Leningradi_Edasi_toimetus, lk 6
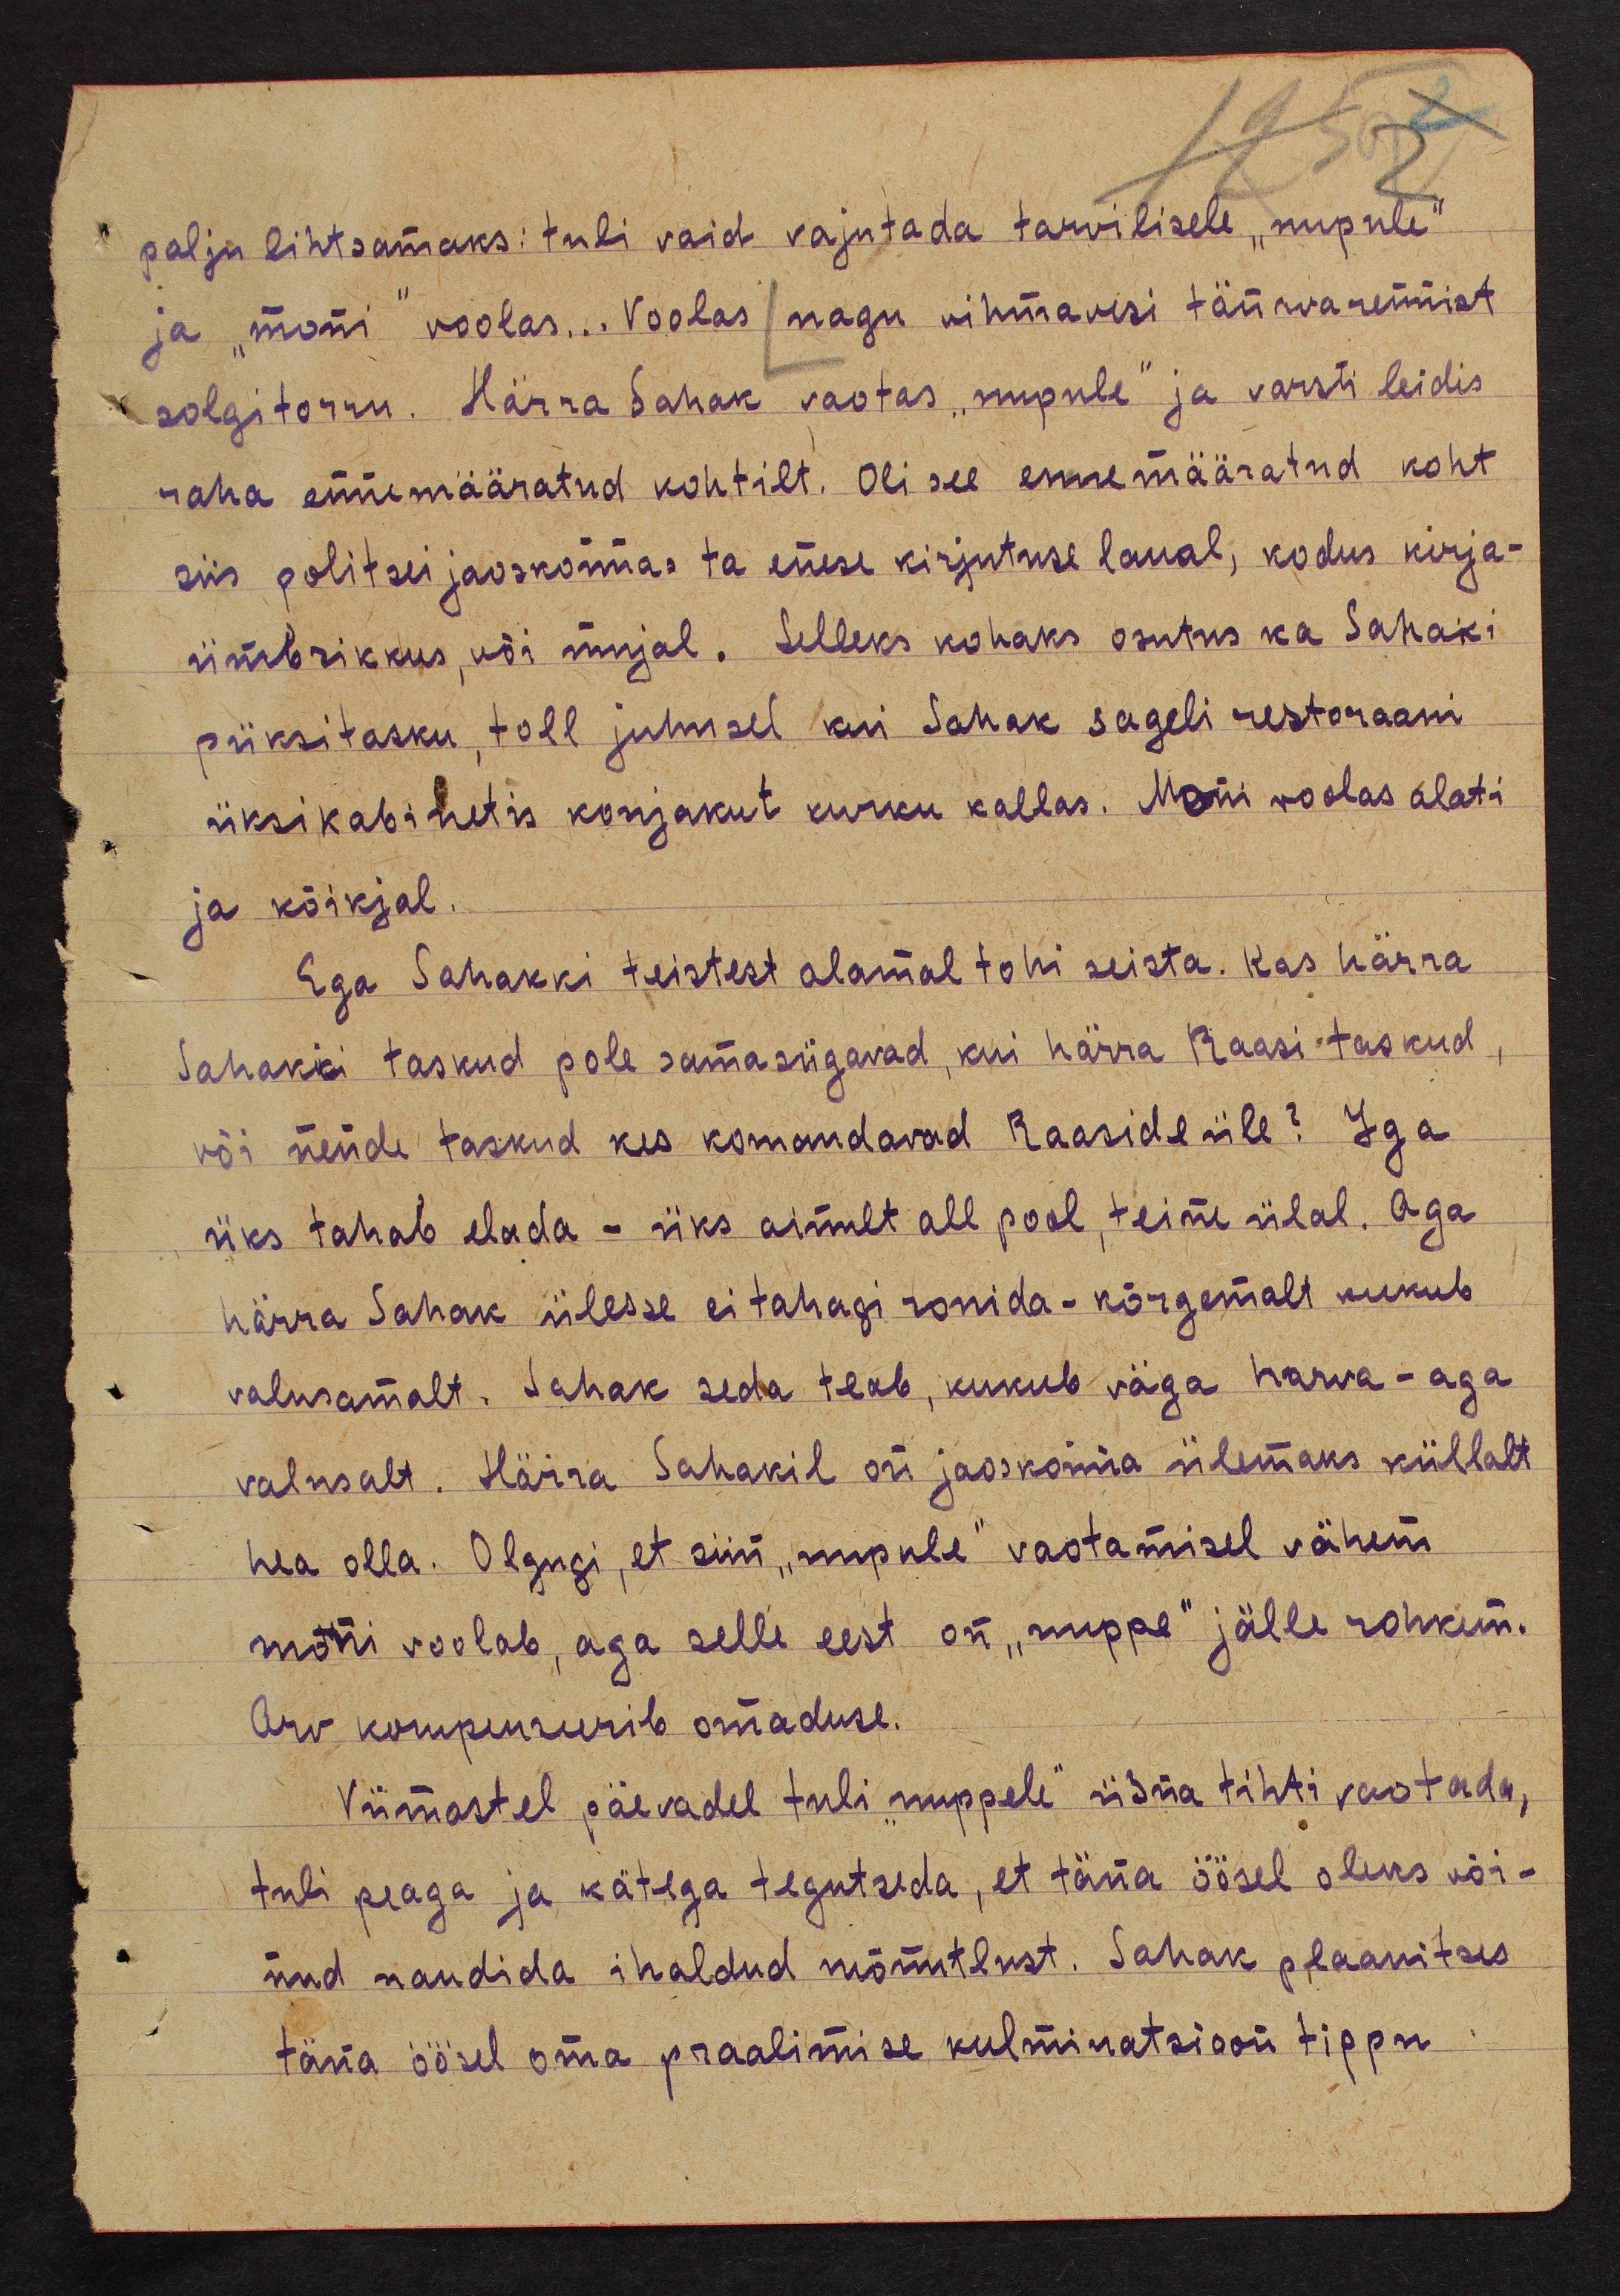
palju lihtsamaks: tuli vaid vajutada tarvilisele "nupule"
ja "moni" voolas... Voolas nagu vihmavesi tänavarennist
solgitorru. Härra Sahak vaotas "nupule" ja varsti leidis
raha ennemääratud kohtilt. Oli see ennemääraratud koht
siis politsei jaoskonnas ta enese kirjutuse laual, kodus kirja-
ümbrikkus, või mujal. Selleks kohaks osutus ka Sahaki
püksitasku, toll juhusel kui Sahak sageli restoraani
üksi kabinetis konjakut kurku kallas. Moni woolas alati
ja kõikjal.
Ega Sahakki teistest alamal tohi seista. Kas härra
Sahakki taskud pole samasügavad, kui härra Raasi taskud
või nende taskud kes komandavad Raaside üle? Iga
üks tahab elada - üks ainult all pool, teine ülal. Aga
härra Sahak ülesse ei tahagi ronida - kõrgemalt kukub
valusamalt. Sahak seda teab, kukub väga harva - aga
valusalt. Härra Sahakil on jaoskonna ülemaks küllalt
hea olla. Olgugi, et siin "nupule" vaotamisel vähem
moni voolab, aga selle eest on "nuppe" jälle rohkem.
Arv kompenseerib omaduse.
Viimastel päevadel tuli "nuppele" üsna tihti vaotada,
tuli peaga ja kätega tegutseda, et täna öösel oleks või-
nud naudida ihaldud mõnutlust. Sahak plaanitses
täna öösel oma praalimise kulminatsioon tippu